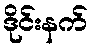
ဒိုင်းနက်